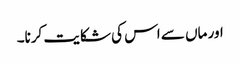
اور ماں سے اس کی شکایت کرنا۔